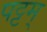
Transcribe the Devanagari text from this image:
पट्टम्